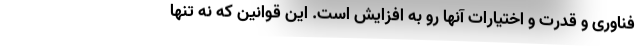
فناوری و قدرت و اختیارات آنها رو به افزایش است. این قوانین که نه تنها